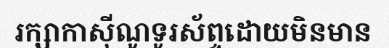
រក្សាកាស៊ីណូទូរស័ព្ទដោយមិនមាន